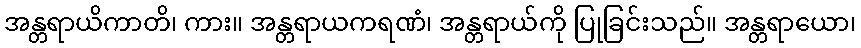
အန္တရာယိကာတိ၊ ကား။ အန္တရာယကရဏံ၊ အန္တရာယ်ကို ပြုခြင်းသည်။ အန္တရာယော၊